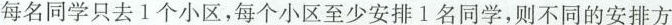
每名同学只去1个小区，每个小区至少安排1名同学，则不同的安排方